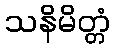
သနိမိတ္တံ